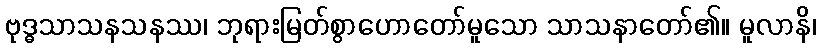
ဗုဒ္ဓသာသနသနဿ၊ ဘုရားမြတ်စွာဟောတော်မူသော သာသနာတော်၏။ မူလာနိ၊